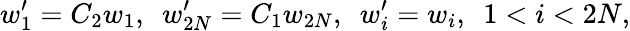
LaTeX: w_{1}^{\prime}=C_{2}w_{1},~~w_{2N}^{\prime}=C_{1}w_{2N},~~w_{i}^{\prime}=w_{i},~~1<i<2N,